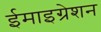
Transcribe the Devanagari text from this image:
ईमाइग्रेशन